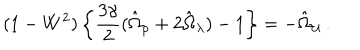
( 1 - W ^ { 2 } ) \left\{ \frac { 3 \gamma } { 2 } ( \hat { \Omega } _ { \rho } + 2 \hat { \Omega } _ { \lambda } ) - 1 \right\} = - \hat { \Omega } _ { \cal U } \, .